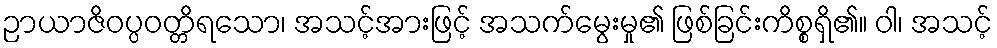
ဉာယာဇိဝပ္ပဝတ္တိရသော၊ အသင့်အားဖြင့် အသက်မွေးမှု၏ ဖြစ်ခြင်းကိစ္စရှိ၏။ ဝါ၊ အသင့်